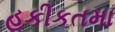
હકીકતમા